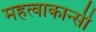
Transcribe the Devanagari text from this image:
महत्वाकान्सी